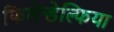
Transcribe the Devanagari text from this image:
फिलेन्डेल्फिया